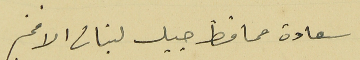
سعادة محافط جبل لبنان الافخم